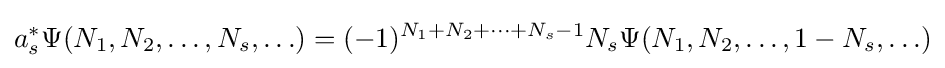
a_{s}^{*}\Psi (N_{1},N_{2},\ldots ,N_{s},\ldots )=(-1)^{N_{1}+N_{2}+\cdots +N_{s}-1}N_{s}\Psi (N_{1},N_{2},\ldots ,1-N_{s},\ldots )